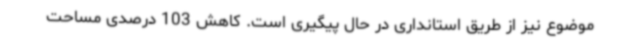
موضوع نیز از طریق استانداری در حال پیگیری است. کاهش 103 درصدی مساحت